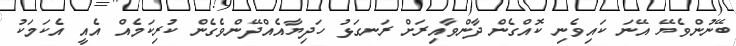
ބޭނުންވެޔޭ އޭނަ ކައިވެނި ކޮއްގެން ދާންވާއިރަށް ރަނގަޅު ހަދިޔާއެއްދޭންވެގެން ކުރިކަމެއް އެއީ އެކަމަކު